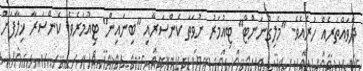
ދެވައްތަރެއް ހުރެއެވެ. "މެލިގްނަންޓް" ޓިއުމަރު ނުވަތަ ކެންސަރާއި "ބިނައިން" ޓިއުމަރެވެ. ކެންސަރާ ޚިލާފަށް